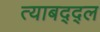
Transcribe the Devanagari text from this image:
त्याबद्द्ल